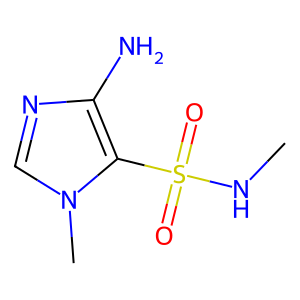
SMILES: CNS(=O)(=O)c1c(N)ncn1C
Inhibits HIV replication: No